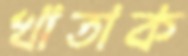
খাতাক